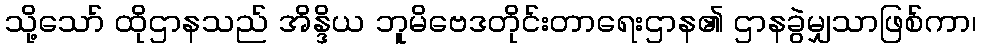
သို့သော် ထိုဌာနသည် အိန္ဒိယ ဘူမိဗေဒတိုင်းတာရေးဌာန၏ ဌာနခွဲမျှသာဖြစ်ကာ၊